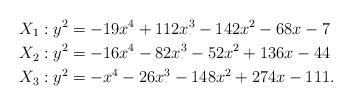
LaTeX: \begin{align*}&X_1 : y^2 = -19x^4 + 112x^3 - 142x^2 - 68x - 7\\&X_2 : y^2 = -16x^4 - 82x^3 - 52x^2 + 136x - 44\\&X_3 : y^2 = -x^4 - 26x^3 - 148x^2 + 274x - 111.\end{align*}